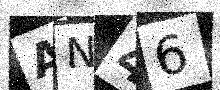
Text: AN46